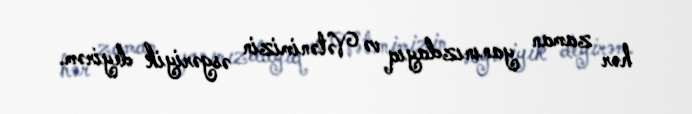
hər zaman yanınızdayıq və Vətənimizin əsgəriyik deyirəm.